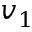
v _ { 1 }